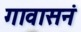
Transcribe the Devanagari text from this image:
गावासनं